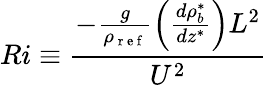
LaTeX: Ri\equiv\frac{-\frac{g}{\rho_{\mathrm{~r~e~f~}}}\left(\frac{d\rho_{b}^{*}}{dz^{*}}\right)L^{2}}{U^{2}}